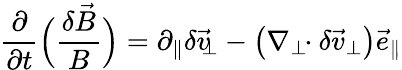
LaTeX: \frac{\partial}{\partial t}\Big(\frac{\delta\vec{B}}{B}\Big)=\partial_{\| }\delta\vec{v}_{\! \! \perp}-\big(\nabla_{\perp}\! \! \cdot\delta\vec{v}_{\perp}\big)\vec{e}_{\| }